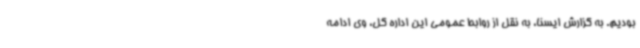
بودیم. به گزارش ایسنا، به نقل از روابط عمومی این اداره کل، وی ادامه